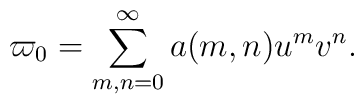
\varpi_{0} = \sum_{m,n=0}^{\infty} a(m,n) u^mv^n.